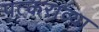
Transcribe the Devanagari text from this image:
पत्कराव्या